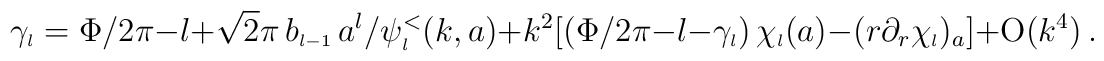
\gamma_{\scriptscriptstyle{l}}=\Phi/2 \pi - l + \sqrt 2 \pi \,b_{\scriptscriptstyle{l-1}}\,a^l / \psi_{\scriptscriptstyle{l}}^<(k,a)+ k^2 [ (\Phi/2 \pi - l - \gamma_{\scriptscriptstyle{l}})\,\chi_{\scriptscriptstyle{l}}(a)-(r \partial_r \chi_{\scriptscriptstyle{l}})_a ] +\mbox{O}(k^4)\,.